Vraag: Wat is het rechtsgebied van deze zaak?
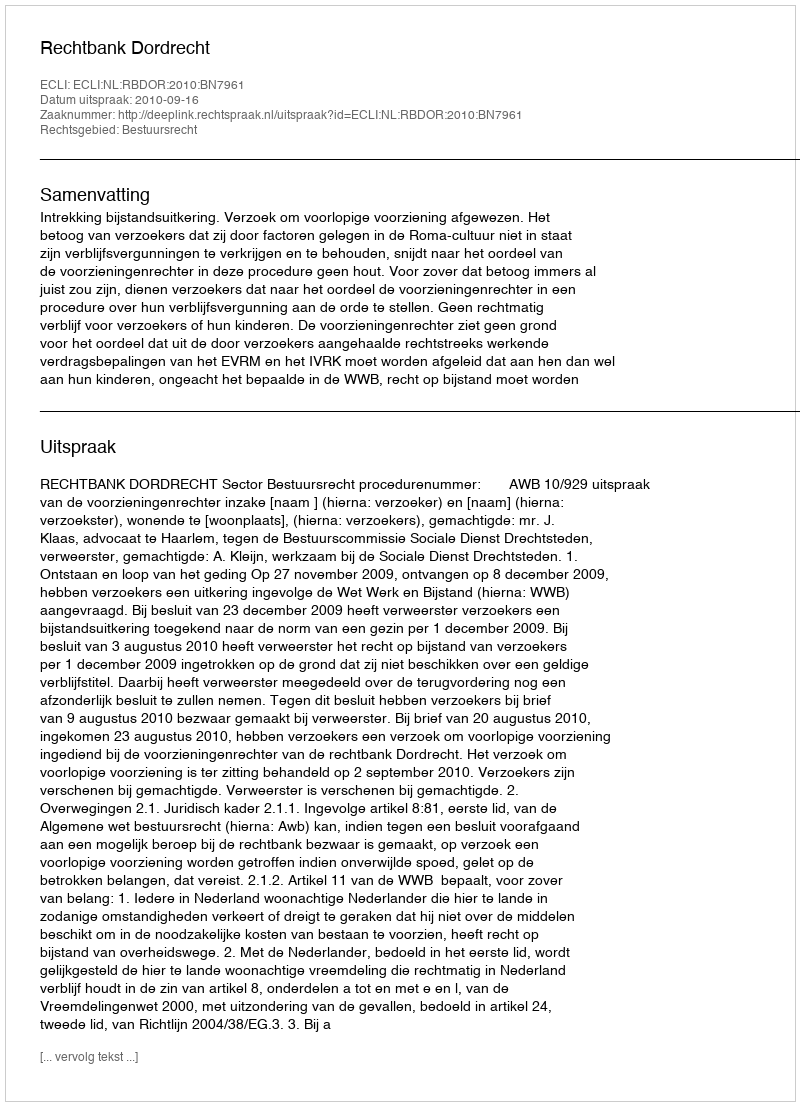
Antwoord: Bestuursrecht